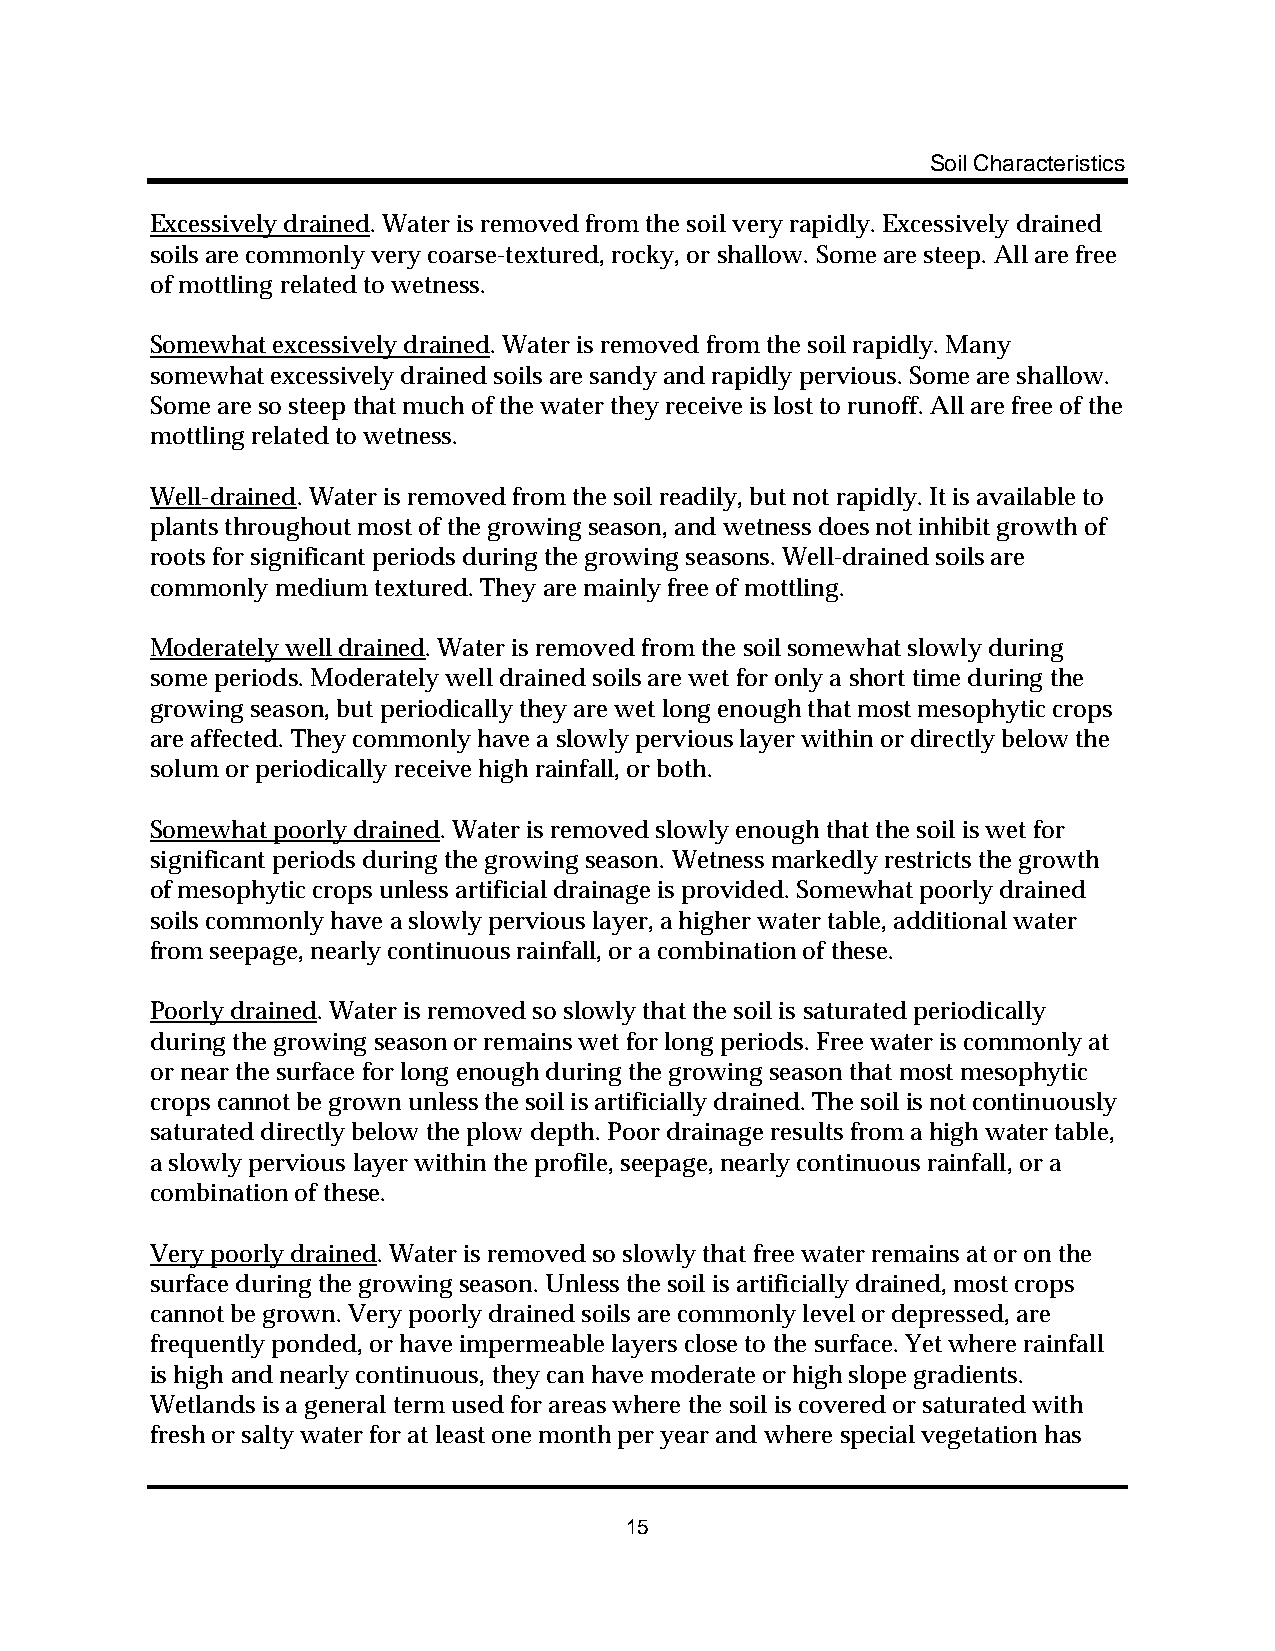
Soil Characteristics
 Excessively drained. Water is removed from the soil very rapidly. Excessively drained
 soils are commonly very coarse-textured, rocky, or shallow. Some are steep. All are free
 of mottling related to wetness.
 Somewhat excessively drained. Water is removed from the soil rapidly. Many
 somewhat excessively drained soils are sandy and rapidly pervious. Some are shallow.
 Some are so steep that much of the water they receive is lost to runoff. All are free of the
 mottling related to wetness.
 Well-drained. Water is removed from the soil readily, but not rapidly. It is available to
 plants throughout most of the growing season, and wetness does not inhibit growth of
 roots for significant periods during the growing seasons. Well-drained soils are
 commonly medium textured. They are mainly free of mottling.
 Moderately well drained. Water is removed from the soil somewhat slowly during
 some periods. Moderately well drained soils are wet for only a short time during the
 growing season, but periodically they are wet long enough that most mesophytic crops
 are affected. They commonly have a slowly pervious layer within or directly below the
 solum or periodically receive high rainfall, or both.
 Somewhat poorly drained. Water is removed slowly enough that the soil is wet for
 significant periods during the growing season. Wetness markedly restricts the growth
 of mesophytic crops unless artificial drainage is provided. Somewhat poorly drained
 soils commonly have a slowly pervious layer, a higher water table, additional water
 from seepage, nearly continuous rainfall, or a combination of these.
 Poorly drained. Water is removed so slowly that the soil is saturated periodically
 during the growing season or remains wet for long periods. Free water is commonly at
 or near the surface for long enough during the growing season that most mesophytic
 crops cannot be grown unless the soil is artificially drained. The soil is not continuously
 saturated directly below the plow depth. Poor drainage results from a high water table,
 a slowly pervious layer within the profile, seepage, nearly continuous rainfall, or a
 combination of these.
 Very poorly drained. Water is removed so slowly that free water remains at or on the
 surface during the growing season. Unless the soil is artificially drained, most crops
 cannot be grown. Very poorly drained soils are commonly level or depressed, are
 frequently ponded, or have impermeable layers close to the surface. Yet where rainfall
 is high and nearly continuous, they can have moderate or high slope gradients.
 Wetlands is a general term used for areas where the soil is covered or saturated with
 fresh or salty water for at least one month per year and where special vegetation has
 15